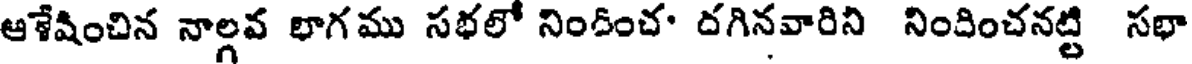
ఆశేషించిన నాల్గవ భాగము సభలో నిందించ' దగినవారిని నిందించనట్టి సభా